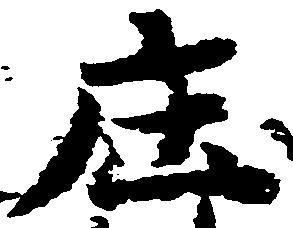
庄